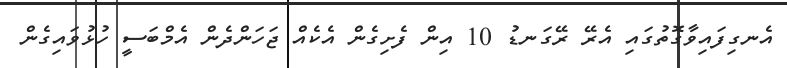
އެނގިފައިވާގޮތުގައި އެރޭ ރޭގަނޑު 10 އިން ފެށިގެން އެކެއް ޖަހަންދެން އެމްބަސީ ހުޅުވައިގެން